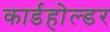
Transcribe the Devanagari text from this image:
कार्डहोल्डर